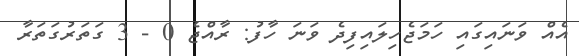
އެއް ވަނައިގައި ހަަަމަޖެހިލައިފިދެ ވަނަ ހާފު: ރާއްޖެ 0 - 3 ގަތަރުގަތަރާ